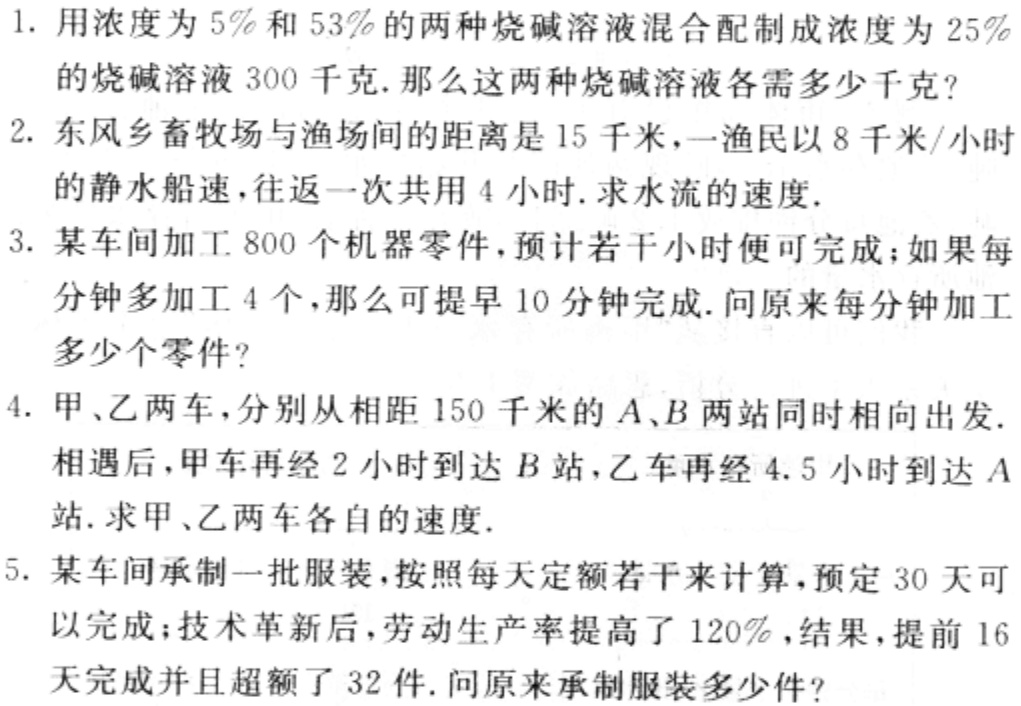
1. 用浓度为 \(5\%\) 和 \(53\%\) 的两种烧碱溶液混合配制成浓度为 \(25\%\) 的烧碱溶液 \(300\) 千克. 那么这两种烧碱溶液各需多少千克?

2. 东风乡畜牧场与渔场间的距离是 \(15\) 千米，一渔民以 \(8\) 千米/小时的静水船速，往返一次共用 \(4\) 小时. 求水流的速度.

3. 某车间加工 \(800\) 个机器零件，预计若干小时便可完成；如果每分钟多加工 \(4\) 个，那么可提早 \(10\) 分钟完成. 问原来每分钟加工多少个零件?

4. 甲、乙两车，分别从相距 \(150\) 千米的 \(A、B\) 两站同时相向出发. 相遇后，甲车再经 \(2\) 小时到达 \(B\) 站，乙车再经 \(4.5\) 小时到达 \(A\) 站. 求甲、乙两车各自的速度.

5. 某车间承制一批服装，按照每天定额若干来计算，预定 \(30\) 天可以完成；技术革新后，劳动生产率提高了 \(120\%\)，结果，提前 \(16\) 天完成并且超额了 \(32\) 件. 问原来承制服装多少件?